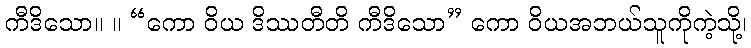
ကီဒိသော။ ။ “ကော ဝိယ ဒိဿတီတိ ကီဒိသော” ကော ဝိယအဘယ်သူကိုကဲ့သို့၊